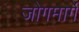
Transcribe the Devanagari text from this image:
जोगमार्गे